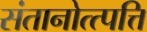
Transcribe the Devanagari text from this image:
संतानोत्त्पत्ति